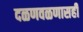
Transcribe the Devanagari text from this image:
दळणवळणासही